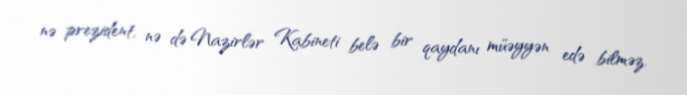
nə prezident, nə də Nazirlər Kabineti belə bir qaydanı müəyyən edə bilməz.